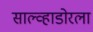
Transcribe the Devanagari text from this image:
साल्व्हाडोरला